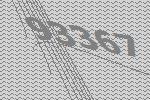
93367